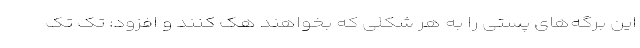
این برگه‌های پستی را به هر شکلی که بخواهند هک کنند و افزود: تک تک